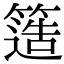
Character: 簉